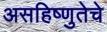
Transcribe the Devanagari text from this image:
असहिष्णुतेचे